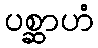
ပစ္ဆာဟံ